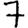
Digit: 7